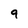
Character: 9